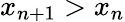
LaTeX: x_{n+1}>x_{n}